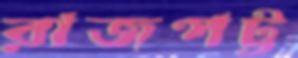
রাজপট্ট